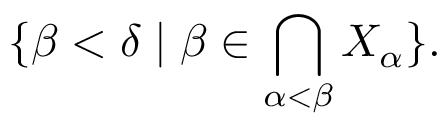
\displaystyle \{ \beta < \delta \mid \beta \in \bigcap _ { \alpha < \beta } X _ { \alpha } \} .